Indian journal of veterinary science and animal husbandry - Volume 4,
Year: 1934
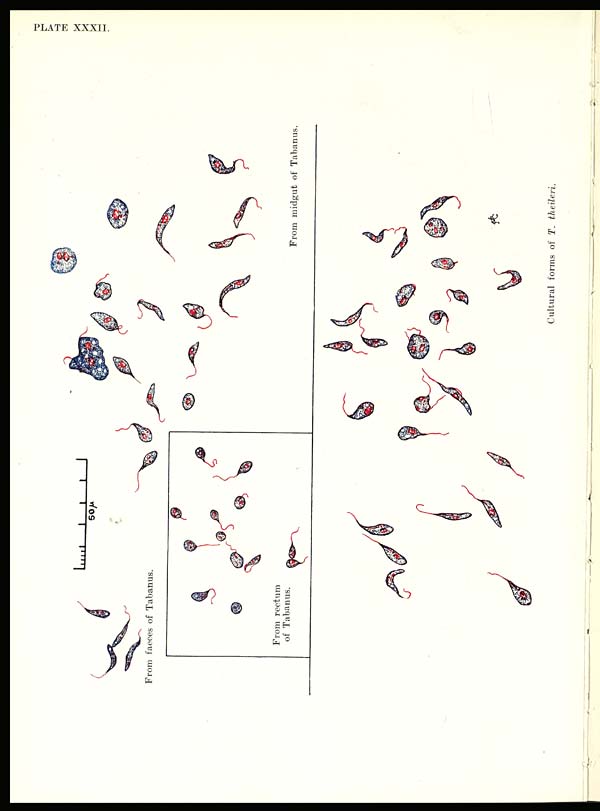
PLATE XXXII.